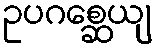
ဥပဂစ္ဆေယျ